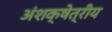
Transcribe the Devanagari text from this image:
अंशक्षेत्रीय